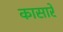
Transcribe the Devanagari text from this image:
कासारे